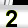
Digit: 2